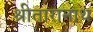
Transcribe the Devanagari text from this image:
श्रीतारानाथ